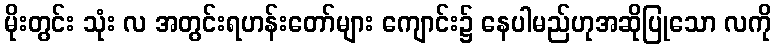
မိုးတွင်း သုံး လ အတွင်းရဟန်းတော်များ ကျောင်း၌ နေပါမည်ဟုအဆိုပြုသော လကို